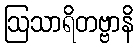
ဩသာရိတဗ္ဗာနိ